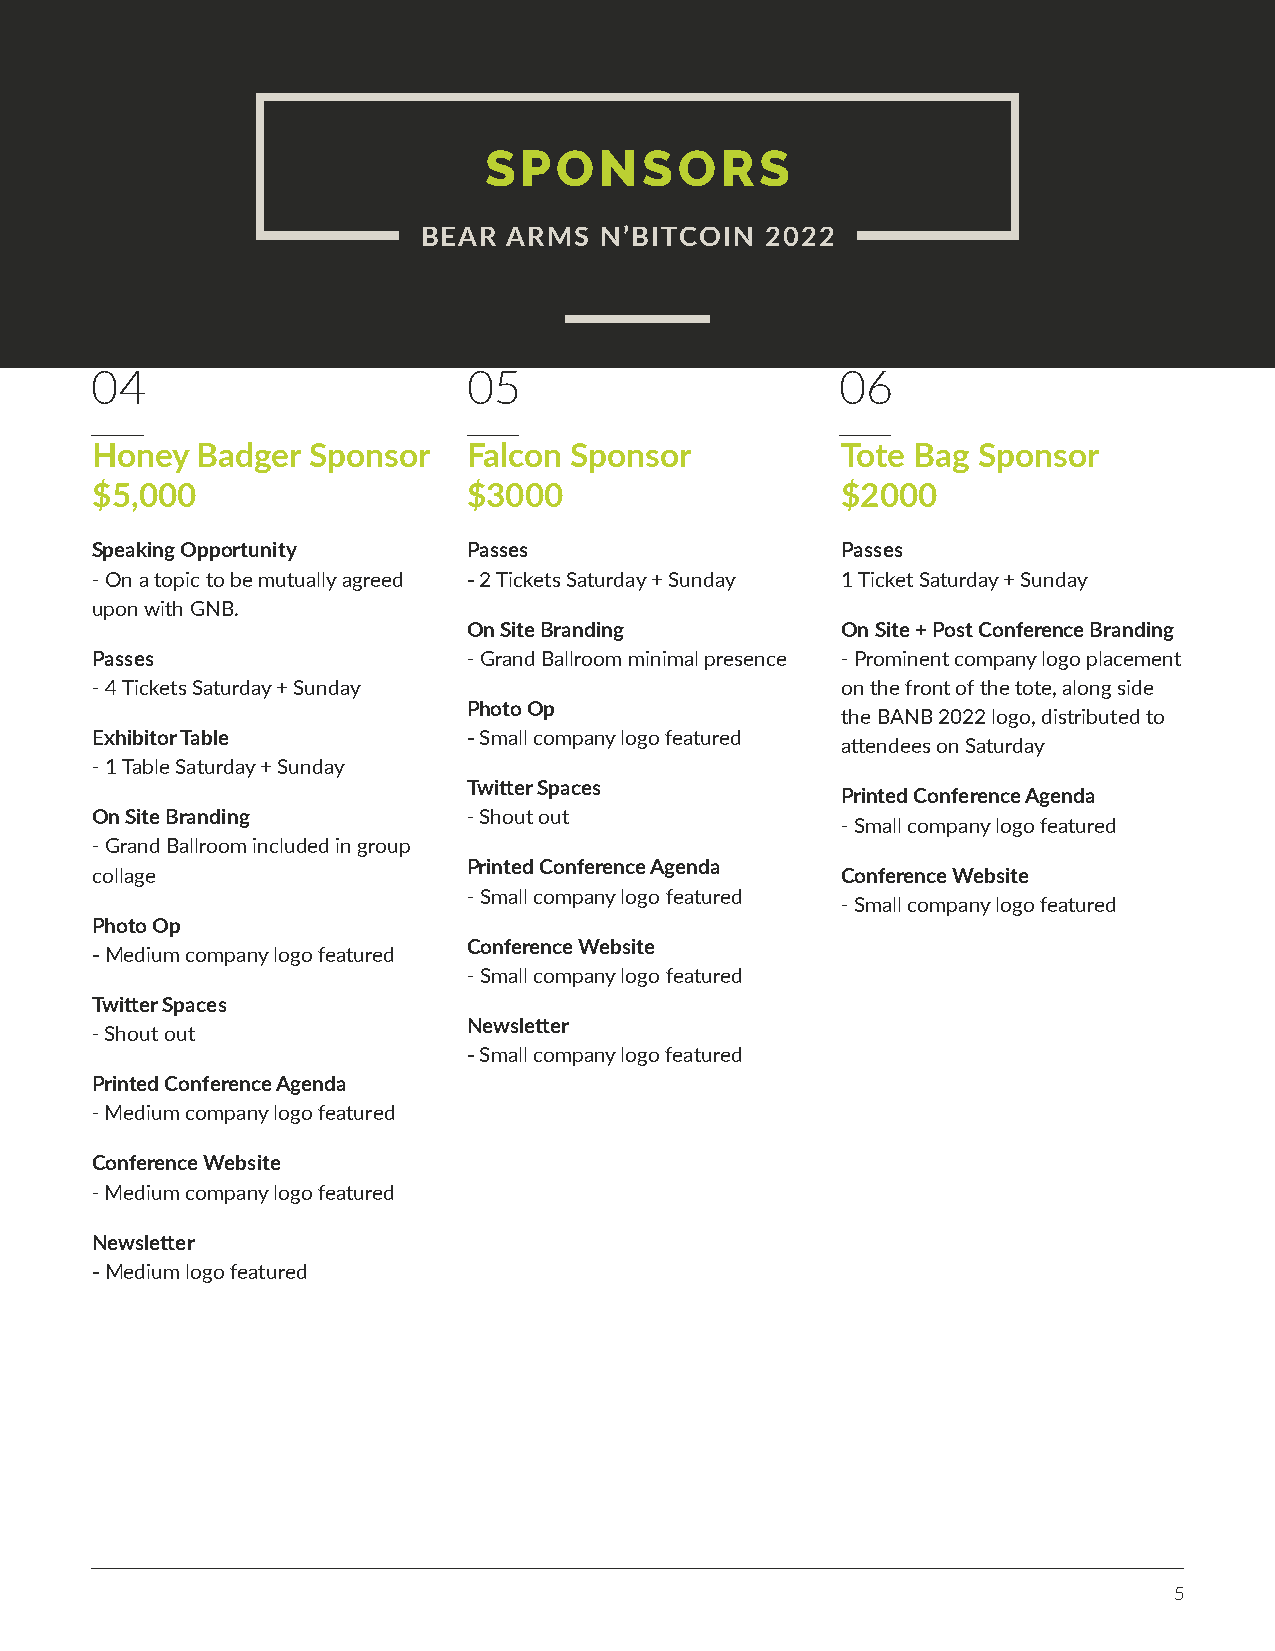
SPONSORS
 BEAR  ARMS  N’BITCOIN  2022
 04                       05                       06
 Honey  Badger  Sponsor   Falcon Sponsor           Tote Bag Sponsor
 $5,000                   $3000                    $2000
 Speaking Opportunity     Passes                   Passes
 - On a topic to be mutually agreed - 2 Tickets Saturday + Sunday 1 Ticket Saturday + Sunday
 upon with GNB.
 On Site Branding         On Site + Post Conference Branding
 Passes                   - Grand Ballroom minimal presence - Prominent company logo placement
 - 4 Tickets Saturday + Sunday                     on the front of the tote, along side
 Photo Op
 the BANB 2022 logo, distributed to
 Exhibitor Table          - Small company logo featured
 attendees on Saturday
 - 1 Table Saturday + Sunday
 Twitter Spaces
 Printed Conference Agenda
 On Site Branding         - Shout out
 - Small company logo featured
 - Grand Ballroom included in group
 Printed Conference Agenda
 collage                                           Conference Website
 - Small company logo featured
 - Small company logo featured
 Photo Op
 Conference Website
 - Medium company logo featured
 - Small company logo featured
 Twitter Spaces
 Newsletter
 - Shout out
 - Small company logo featured
 Printed Conference Agenda
 - Medium company logo featured
 Conference Website
 - Medium company logo featured
 Newsletter
 - Medium logo featured
 5